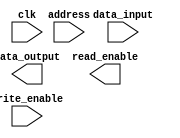
module MemoryBlocks_RLDRAM (
    input wire clk,
    input wire [15:0] address,
    input wire write_enable,
    input wire [31:0] data_input,
    output reg [31:0] data_output,
    output reg read_enable
);

reg [15:0] row_address;
reg [15:0] column_address;

// Address decoding logic
always @ (posedge clk) begin
    row_address <= address[15:6];
    column_address <= address[5:0];
end

// Write operation
always @ (posedge clk) begin
    if (write_enable) begin
        // Write data to memory cells
    end
end

// Read operation
always @ (posedge clk) begin
    if (read_enable) begin
        // Read data from memory cells
    end
end

endmodule